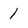
Character: 1